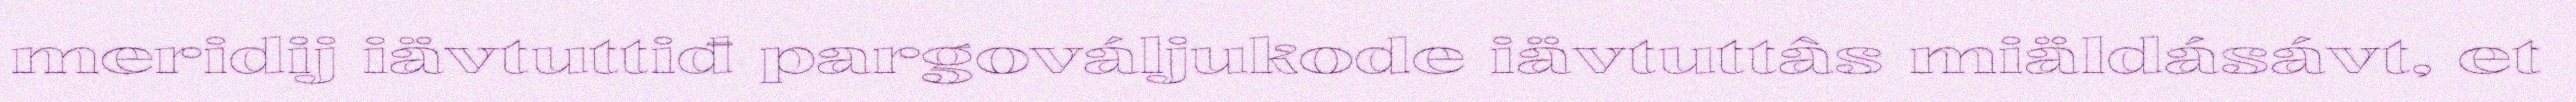
meridij iävtuttiđ pargováljukode iävtuttâs miäldásávt, et